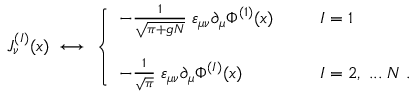
J _ { \nu } ^ { ( I ) } ( x ) \; \longleftrightarrow \; \left\{ \begin{array} { l l } { { - \frac { 1 } { \sqrt { \pi + g N } } \; \varepsilon _ { \mu \nu } \partial _ { \mu } \Phi ^ { ( 1 ) } ( x ) \; \; \; \; \; \; } } & { { I = 1 } } \\ { { \; } } & { { \; } } \\ { { - \frac { 1 } { \sqrt { \pi } } \; \varepsilon _ { \mu \nu } \partial _ { \mu } \Phi ^ { ( I ) } ( x ) \; \; \; \; \; \; } } & { { I = 2 , \; . . . \; N \; . } } \end{array} \right.